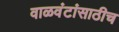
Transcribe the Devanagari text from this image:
वाळवंटांसाठीच